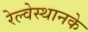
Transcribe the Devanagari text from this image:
रेल्वेस्थानके